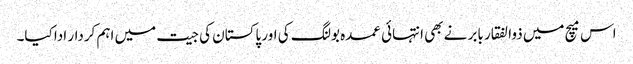
اس میچ میں ذوالفقار بابر نے بھی انتہائی عمدہ بولنگ کی اور پاکستان کی جیت میں اہم کردار ادا کیا۔